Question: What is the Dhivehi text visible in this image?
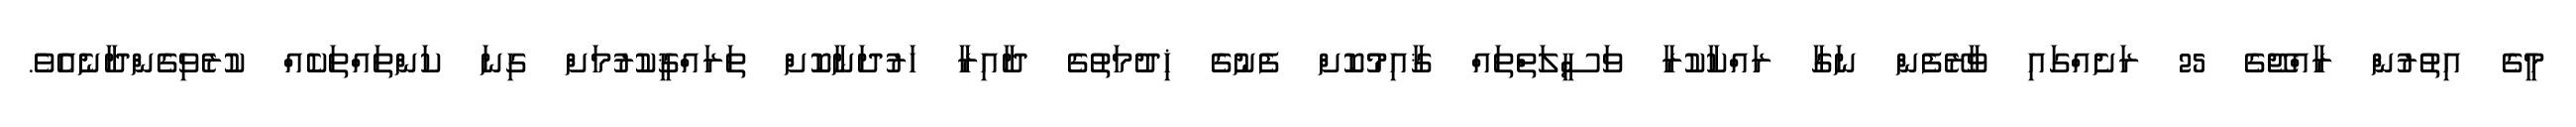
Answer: މީގެ އިތުރުން ރާއްޖޭގެ 25 ރަށެއްގައި ވާރޭފެން ނަގާ ރައްކާކުރާ ވަސީލަތްތައް ޤާއިމުކޮށް ފެނުގެ ޚިދުމަތުގެ ދާއިރާ ހަރުދަނާކޮށް ތަރައްޤީކުރުމަށް ގިނަ ކަންތައްތަކެއް ކުރެވިގެންދާނެއެވެ.